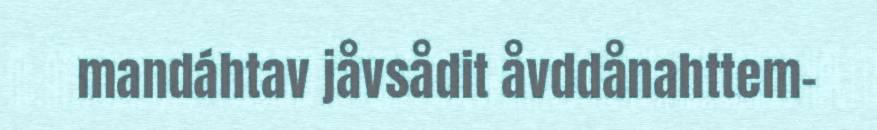
mandáhtav jåvsådit åvddånahttem-